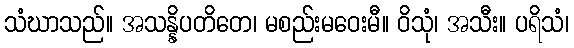
သံဃာသည်။ အသန္နိပတိတေ၊ မစည်းမဝေးမီ။ ဝိသုံ၊ အသီး။ ပရိသံ၊